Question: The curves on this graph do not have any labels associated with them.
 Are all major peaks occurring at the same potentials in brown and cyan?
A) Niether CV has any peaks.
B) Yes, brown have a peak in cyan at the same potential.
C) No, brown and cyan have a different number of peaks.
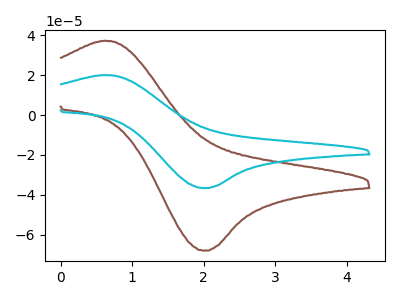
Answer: <think>The brown curve "brown" has an anodic peak at (0.60V, 37.30uA) and a cathodic peak at (2.00V, -68.00uA). The cyan curve "cyan" has an anodic peak at (0.60V, 20.10uA) and a cathodic peak at (2.00V, -36.60uA).</think>
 <answer>B) Yes, "brown" have a peak in "cyan" at the same potential.</answer>
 <eval>B</eval>